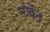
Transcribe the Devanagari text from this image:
मोर्वेन